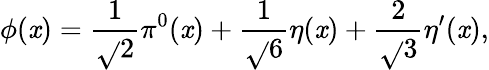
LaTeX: \phi(\mathit{x})=\frac{{1}}{{\sqrt{}{{2}}}}\pi^{0}(\mathit{x})+\frac{{1}}{{\sqrt{}{{6}}}}\eta(\mathit{x})+\frac{{2}}{{\sqrt{}{{3}}}}\eta^{\prime}(\mathit{x}),